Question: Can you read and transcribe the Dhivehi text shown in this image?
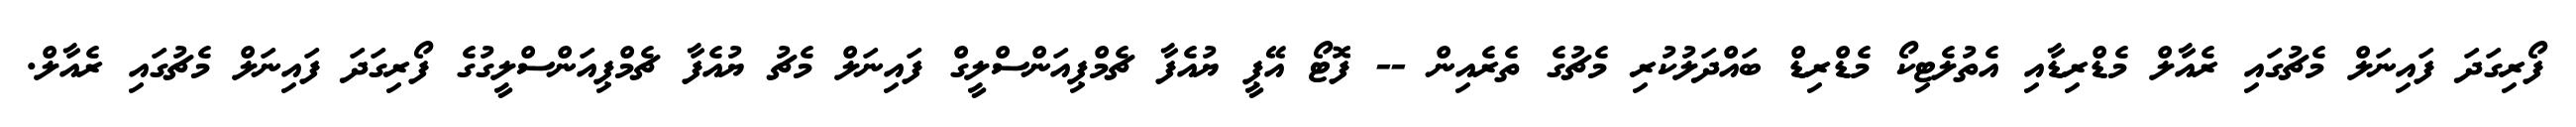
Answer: ފޯރިގަދަ ފައިނަލް މެޗުގައި ރެއާލް މެޑްރިޑާއި އެތުލެޓިކޯ މެޑްރިޑް ބައްދަލުކުރި މެޗުގެ ތެރެއިން -- ފޮޓޯ އޭޕީ ޔުއެފާ ޗެމްޕިއަންސްލީގް ފައިނަލް މެޗު ޔުއެފާ ޗެމްޕިއަންސްލީގުގެ ފޯރިގަދަ ފައިނަލް މެޗުގައި ރެއާލް.